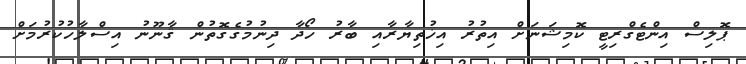
ޕޮލިސް އިންޓެގްރިޓީ ކޮމިޝަނަށް އިތުރު އިޚުތިޔާރާއި ބާރު ހޯދާ ދިނުމުގެގޮތުން ޤާނޫނު އިސްލާހުކުރުމަށް